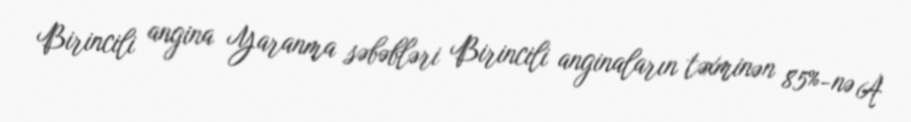
Birincili angina Yaranma səbəbləri Birincili anginaların təxminən 85%-nə A